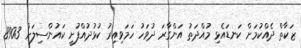
ޒަކާތް ދެއްކުމަށް ކަނޑައެޅި މުއްދަތު އަންގާރަ ދުވަހު ހަމަވިއިރު ކުޅުދުއްފުށީ ކައުންސިލަށް 8903